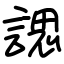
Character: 諰